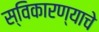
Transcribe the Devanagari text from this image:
स्विकारण्याचे